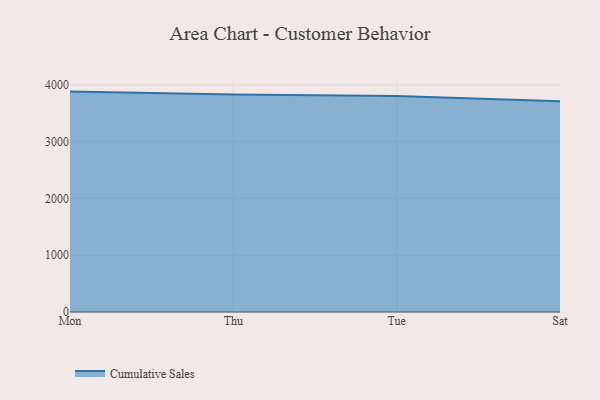
{"axis": {"x": "Day", "y": "Budget (USD K)"}, "legend": ["Cumulative Sales"], "data": [{"x": "Mon", "y": 3883.0, "type": "Cumulative Sales"}, {"x": "Thu", "y": 3832.0, "type": "Cumulative Sales"}, {"x": "Tue", "y": 3804.5, "type": "Cumulative Sales"}, {"x": "Sat", "y": 3712.0, "type": "Cumulative Sales"}]}